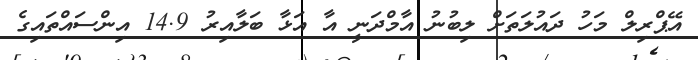
އޭޕްރިލް މަހު ދައުލަތަށް ލިބުނު އާމްދަނީ އާ އަޅާ ބަލާއިރު 14.9 އިންސައްތައިގެ